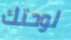
لوحتك